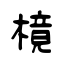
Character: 樈